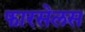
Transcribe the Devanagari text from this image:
फारसेलस